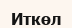
Иткөл